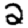
Digit: 2